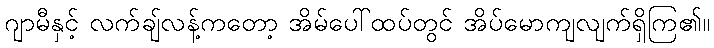
ဂျာမီနှင့် လက်ချ်လန့်ကတော့ အိမ်ပေါ်ထပ်တွင် အိပ်မောကျလျက်ရှိကြ၏။